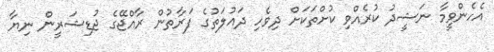
އެހެންވީމާ ނަޝީދު ކުރެއްވި ކުށްތަކަށް ދިވެހި ދައުލަތުގެ ފަރާތުން ރާއްޖޭގެ ޖުޑިޝަރީން ނިޔާ